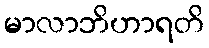
မာလာဘိဟာရတိ